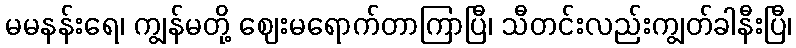
မမနန်းရေ၊ ကျွန်မတို့ ဈေးမရောက်တာကြာပြီ၊ သီတင်းလည်းကျွတ်ခါနီးပြီ၊